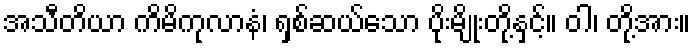
အသီတိယာ ကိမိကုလာနံ၊ ရှစ်ဆယ်သော ပိုးမျိုးတို့နှင့်။ ဝါ၊ တို့အား။